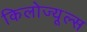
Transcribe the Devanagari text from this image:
किलोज्यूल्स